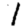
Digit: 1